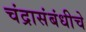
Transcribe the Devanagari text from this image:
चंद्रासंबंधीचे